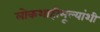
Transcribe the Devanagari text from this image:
लोकशाहीमूल्यांशी